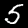
Digit: 5